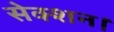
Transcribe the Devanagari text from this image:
सेक्शन।